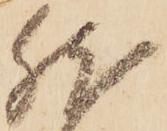
然